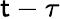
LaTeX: \mathsf{t}-\tau